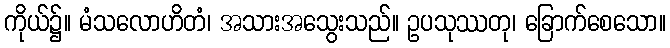
ကိုယ်၌။ မံသလောဟိတံ၊ အသားအသွေးသည်။ ဥပသုဿတု၊ ခြောက်စေသော။